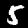
Digit: 5